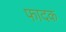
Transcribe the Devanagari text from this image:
फादक